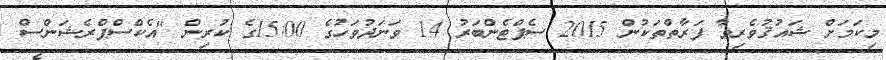
މިކަމަށް ޝައުޤުވެރިވާ ފަރާތްތަކުން 2015 ސެޕްޓެންބަރު 14 ވަނަދުވަހުގެ 15:00ގެ ކުރިން "އެކްސްޕްރެޝަންސް